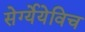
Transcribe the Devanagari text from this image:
सेर्ग्येयेविच